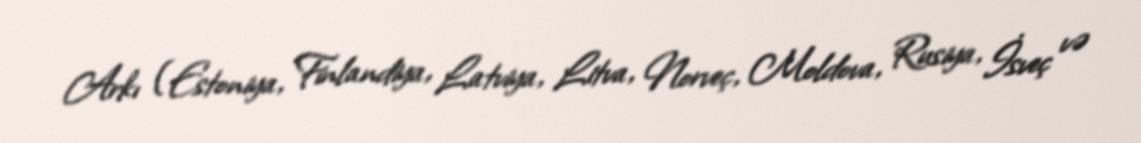
Arkı (Estoniya, Finlandiya, Latviya, Litva, Norveç, Moldova, Rusiya, İsveç və